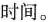
时间。